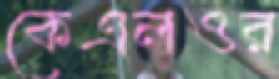
কেএলওর